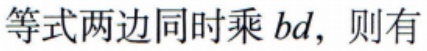
等式两边同时乘 \(bd\)，则有